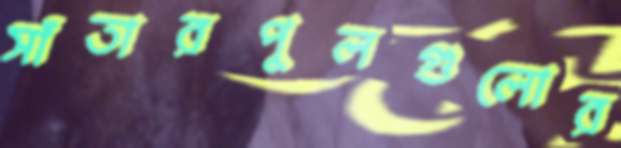
সাঁতারপুলগুলোর